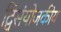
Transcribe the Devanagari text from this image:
द्विसंयोजकीय